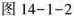
图14-1-2